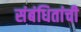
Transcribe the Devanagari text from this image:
संबंधितांची